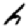
Digit: 6